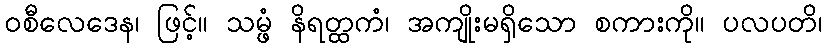
ဝစီလေဒေန၊ ဖြင့်။ သမ္ဖံ နိရတ္ထကံ၊ အကျိုးမရှိသော စကားကို။ ပလပတိ၊